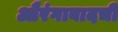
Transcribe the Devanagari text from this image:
औरंगाबादची